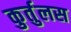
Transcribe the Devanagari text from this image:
कुर्तुलस